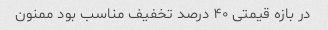
در بازه قیمتی ۴۰ درصد تخفیف مناسب بود ممنون